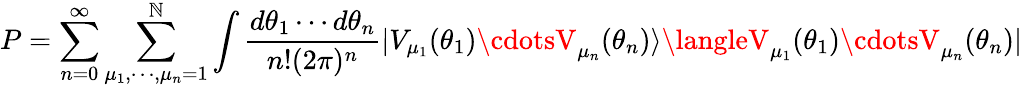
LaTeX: P=\sum_{n=0}^{\infty}\sum_{\mu_{1},\cdots,\mu_{n}=1}^{\mathbb{N}}\int{\frac{{{d\theta_{1}}\cdots{d\theta_{n}}}}{{{n!}(2\pi)^{n}}}|V_{\mu_{1}}(\theta_{1})\cdotsV_{\mu_{n}}(\theta_{n})\rangle\langleV_{\mu_{1}}(\theta_{1})\cdotsV_{\mu_{n}}(\theta_{n})|}